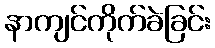
နာကျင်ကိုက်ခဲခြင်း